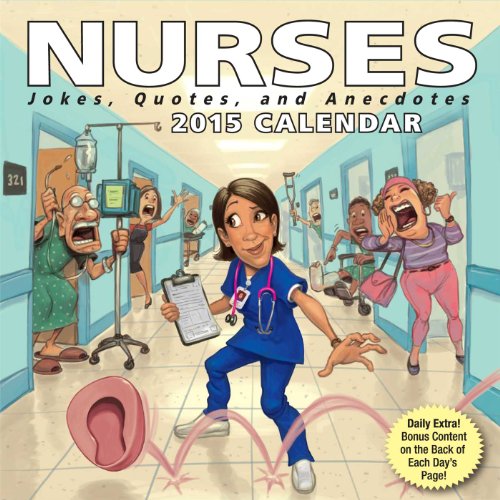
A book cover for Nurses 2015 Day-to-Day Calendar: Jokes, Quotes, and Anecdotes; Andrews McMeel Publishing LLC; Calendars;